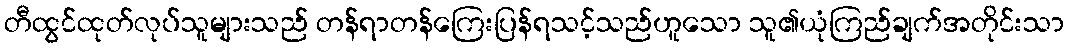
တီထွင်ထုတ်လုပ်သူများသည် တန်ရာတန်ကြေးပြန်ရသင့်သည်ဟူသော သူ၏ယုံကြည်ချက်အတိုင်းသာ